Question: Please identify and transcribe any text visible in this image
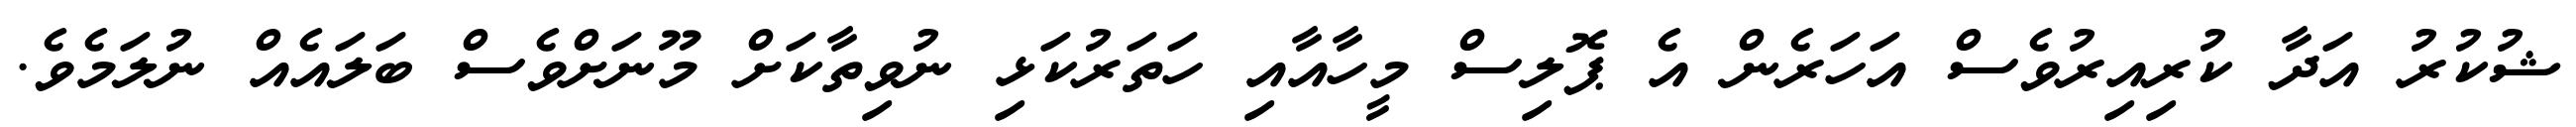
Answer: ޝުކުރު އަދާ ކުރިއިރުވެސް އަހަރެން އެ ޕޮލިސް މީހާއާއި ހަތަރުކަޅި ނުވިތާކަށް މޫނަށްވެސް ބަލައެއް ނުލަމެވެ.